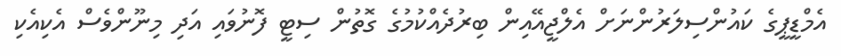
އެމްޑީޕީގެ ކައުންސިލަރުންނަށް އެލްޖީއޭއިން ބިރުދެއްކުމުގެ ގޮތުން ސިޓީ ފޮނުވައި އަދި މިނޫންވެސް އެކިއެކި